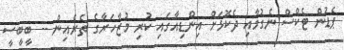
ޕެޑުން ޓެކްސް ނެގުމާއި ދެކޮޅަށް އިންޑިއާގައި ކުރި މުޒާހަރާގެ ތެރެއިން -- ބީބީސީ